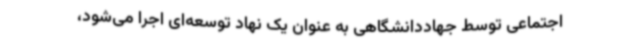
اجتماعی توسط جهاددانشگاهی به عنوان یک نهاد توسعه‌ای اجرا می‌شود،